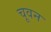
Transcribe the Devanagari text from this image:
चूवन